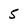
Character: 5